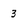
Character: 3